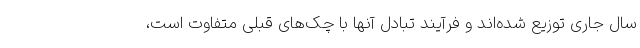
سال جاری توزیع شده‌اند و فرآیند تبادل آنها با چک‌های قبلی متفاوت است،